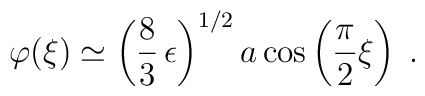
\varphi(\xi)\simeq\left(\frac{8}{3}\,\epsilon\right)^{1/2}a\cos\left( \frac{\pi}{2}\xi \right)\;.